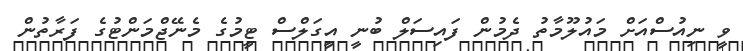
ވީ ނިއުސްއަށް މައުލޫމާތު ދެމުން ފައިސަލް ބުނީ އީގަލްސް ޓީމުގެ މެނޭޖްމަންޓުގެ ފަރާތުން